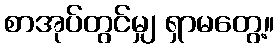
စာအုပ်တွင်မျှ ရှာမတွေ့။